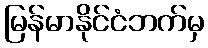
မြန်မာနိုင်ငံဘက်မှ